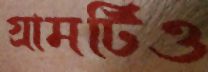
গ্রামটিও